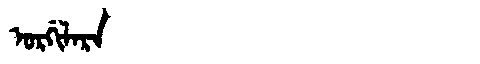
Manchu: ᠣᡵᡤᡳᠯᠠᡵᠠ
Romanization: ORGILARA